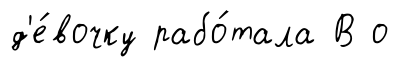
д'е́вочку рабо́тала В о